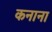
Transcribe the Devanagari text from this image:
कनाना